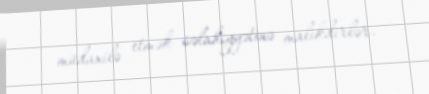
müdaxilə etmək səlahiyyətinə malikdirlər.